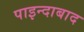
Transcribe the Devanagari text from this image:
पाइन्दाबाद